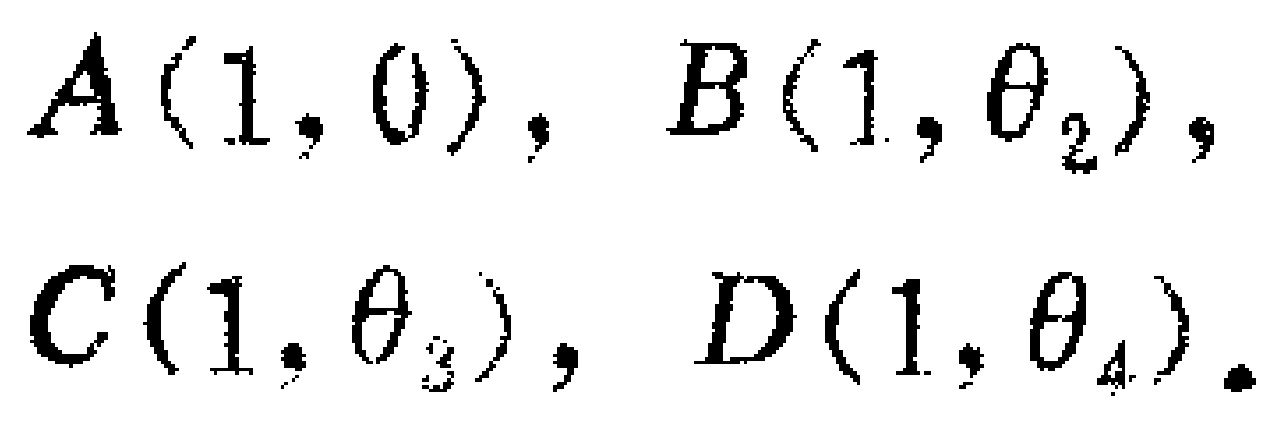
$A(1,0),\ B(1,\theta_{2}),\\C(1,\theta_{3}),\ D(1,\theta_{4}).$